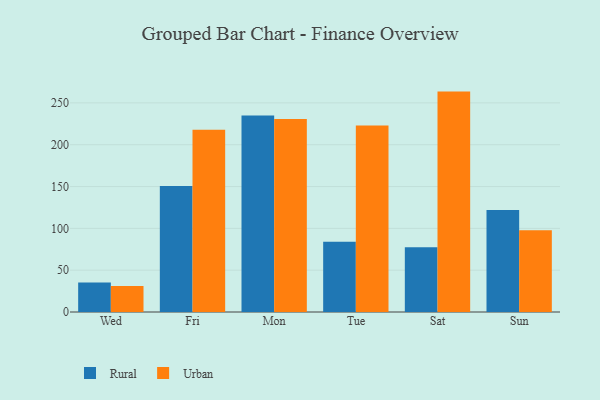
{"axis": {"x": "Day", "y": "Operating Costs (USD K)"}, "legend": ["Rural", "Urban"], "data": [{"x": "Wed", "y": 35.2, "type": "Rural"}, {"x": "Wed", "y": 31.0, "type": "Urban"}, {"x": "Fri", "y": 150.5, "type": "Rural"}, {"x": "Fri", "y": 217.8, "type": "Urban"}, {"x": "Mon", "y": 235.0, "type": "Rural"}, {"x": "Mon", "y": 230.7, "type": "Urban"}, {"x": "Tue", "y": 83.9, "type": "Rural"}, {"x": "Tue", "y": 223.1, "type": "Urban"}, {"x": "Sat", "y": 77.3, "type": "Rural"}, {"x": "Sat", "y": 263.5, "type": "Urban"}, {"x": "Sun", "y": 121.9, "type": "Rural"}, {"x": "Sun", "y": 97.7, "type": "Urban"}]}